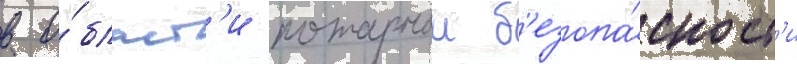
в о́бласт'и пожарнои б'езопа́сност'и